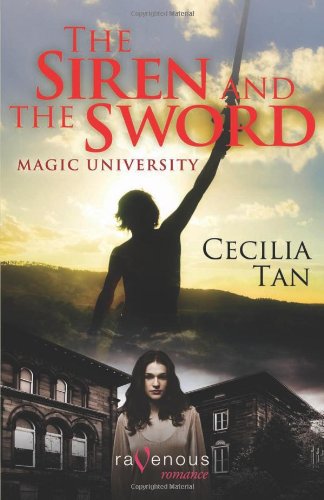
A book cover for Magic University: The Siren and the Sword: A Ravenous Romance; Cecilia Tan; Romance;